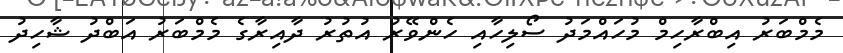
މެމްބަރު އިބްރާހިމް މުހައްމަދު ސޯލިހާއި ހެންވޭރު އުތުރު ދާއިރާގެ މެމްބަރު އަބްދު ޝާހިދު